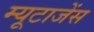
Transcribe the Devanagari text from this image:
म्यूटाजेंस